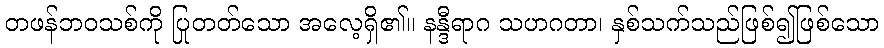
တဖန်ဘဝသစ်ကို ပြုတတ်သော အလေ့ရှိ၏။ နန္ဒီရာဂ သဟဂတာ၊ နှစ်သက်သည်ဖြစ်၍ဖြစ်သော